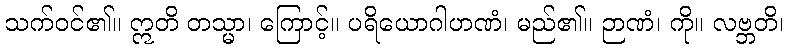
သက်ဝင်၏။ ဣတိ တသ္မာ၊ ကြောင့်။ ပရိယောဂါဟဏံ၊ မည်၏။ ဉာဏံ၊ ကို။ လဗ္ဘတိ၊